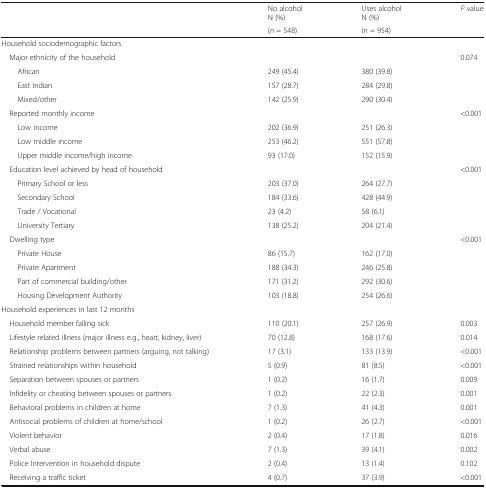
<table><thead><tr><td rowspan="2"></td><td><b>No alcoholN (%)</b></td><td><b>Uses alcoholN (%)</b></td><td><b><i>P</i> value</b></td></tr><tr><td><b>(<i>n</i> = 548)</b></td><td><b>(<i>n</i> = 954)</b></td><td></td></tr></thead><tbody><tr><td colspan="4">Household sociodemographic factors</td></tr><tr><td colspan="3"> Major ethnicity of the household</td><td>0.074</td></tr><tr><td>African</td><td>249 (45.4)</td><td>380 (39.8)</td><td></td></tr><tr><td>East Indian</td><td>157 (28.7)</td><td>284 (29.8)</td><td></td></tr><tr><td>Mixed/other</td><td>142 (25.9)</td><td>290 (30.4)</td><td></td></tr><tr><td> Reported monthly income</td><td></td><td></td><td>&lt;0.001</td></tr><tr><td>Low income</td><td>202 (36.9)</td><td>251 (26.3)</td><td></td></tr><tr><td>Low middle income</td><td>253 (46.2)</td><td>551 (57.8)</td><td></td></tr><tr><td>Upper middle income/high income</td><td>93 (17.0)</td><td>152 (15.9)</td><td></td></tr><tr><td> Education level achieved by head of household</td><td></td><td></td><td>&lt;0.001</td></tr><tr><td>Primary School or less</td><td>203 (37.0)</td><td>264 (27.7)</td><td></td></tr><tr><td>Secondary School</td><td>184 (33.6)</td><td>428 (44.9)</td><td></td></tr><tr><td>Trade / Vocational</td><td>23 (4.2)</td><td>58 (6.1)</td><td></td></tr><tr><td>University Tertiary</td><td>138 (25.2)</td><td>204 (21.4)</td><td></td></tr><tr><td> Dwelling type</td><td></td><td></td><td>&lt;0.001</td></tr><tr><td>Private House</td><td>86 (15.7)</td><td>162 (17.0)</td><td></td></tr><tr><td>Private Apartment</td><td>188 (34.3)</td><td>246 (25.8)</td><td></td></tr><tr><td>Part of commercial building/other</td><td>171 (31.2)</td><td>292 (30.6)</td><td></td></tr><tr><td>Housing Development Authority</td><td>103 (18.8)</td><td>254 (26.6)</td><td></td></tr><tr><td colspan="4">Household experiences in last 12 months</td></tr><tr><td> Household member falling sick</td><td>110 (20.1)</td><td>257 (26.9)</td><td>0.003</td></tr><tr><td> Lifestyle related illness (major illness e.g., heart, kidney, liver)</td><td>70 (12.8)</td><td>168 (17.6)</td><td>0.014</td></tr><tr><td> Relationship problems between partners (arguing, not talking)</td><td>17 (3.1)</td><td>133 (13.9)</td><td>&lt;0.001</td></tr><tr><td> Strained relationships within household</td><td>5 (0.9)</td><td>81 (8.5)</td><td>&lt;0.001</td></tr><tr><td> Separation between spouses or partners</td><td>1 (0.2)</td><td>16 (1.7)</td><td>0.009</td></tr><tr><td> Infidelity or cheating between spouses or partners</td><td>1 (0.2)</td><td>22 (2.3)</td><td>0.001</td></tr><tr><td> Behavioral problems in children at home</td><td>7 (1.3)</td><td>41 (4.3)</td><td>0.001</td></tr><tr><td> Antisocial problems of children at home/school</td><td>1 (0.2)</td><td>26 (2.7)</td><td>&lt;0.001</td></tr><tr><td> Violent behavior</td><td>2 (0.4)</td><td>17 (1.8)</td><td>0.016</td></tr><tr><td> Verbal abuse</td><td>7 (1.3)</td><td>39 (4.1)</td><td>0.002</td></tr><tr><td> Police Intervention in household dispute</td><td>2 (0.4)</td><td>13 (1.4)</td><td>0.102</td></tr><tr><td> Receiving a traffic ticket</td><td>4 (0.7)</td><td>37 (3.9)</td><td>&lt;0.001</td></tr></tbody></table>